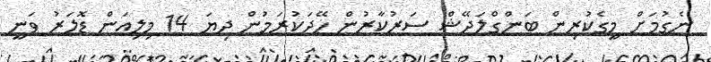
ނެގުމަށް މީގެކުރިން ބަންގްލަދޭޝް ސަރުކާރުން ހޭދަކުރަމުން ދިޔަ 14 މިލިއަން ޑޮލަރު ވަނީ